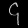
Digit: ၄